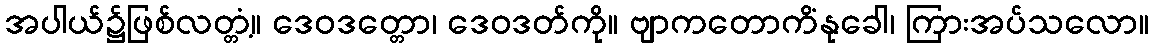
အပါယ်၌ဖြစ်လတ္တံ့။ ဒေဝဒတ္တော၊ ဒေဝဒတ်ကို။ ဗျာကတောကိံနုခေါ၊ ကြားအပ်သလော။